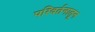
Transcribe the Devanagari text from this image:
परिवर्तनातून